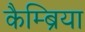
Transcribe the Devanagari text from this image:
कैम्ब्रिया